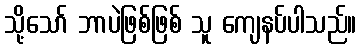
သို့သော် ဘာပဲဖြစ်ဖြစ် သူ ကျေနပ်ပါသည်။